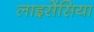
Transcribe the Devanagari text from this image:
लाइसेंसिया